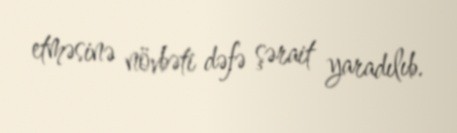
etməsinə növbəti dəfə şərait yaradılıb.